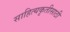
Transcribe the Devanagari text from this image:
साहित्यकृतीसाठी